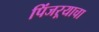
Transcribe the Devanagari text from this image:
पिंजऱ्याचा